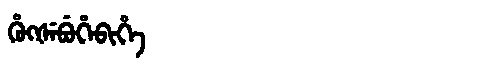
Manchu: ᡥᡠᡴᡧᡝᠪᡠᡥᡝᠪᡳᡥᡝ
Romanization: HUKŠEBUHEBIHE